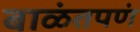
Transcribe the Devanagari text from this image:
बाळंतपणं